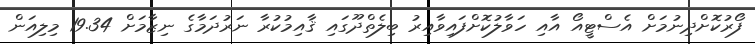
ފޯރުކޮށްދިނުމަށް އެސްޓީއޯ އާއި ހަވާލުކޮށްފައިވާއިރު ބިލެތްދޫގައި ޤާއިމުކުރާ ނަރުދަމާގެ ނިޒާމަށް 19.34 މިލިއަން